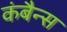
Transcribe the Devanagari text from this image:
कंबैन्स